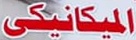
الميكانيكى